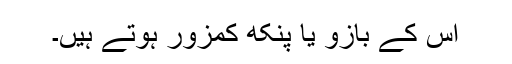
اس کے بازو یا پنکھ کمزور ہوتے ہیں۔